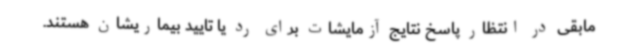
مابقی در انتظار پاسخ نتایج آزمایشات برای رد یا تایید بیماریشان هستند.